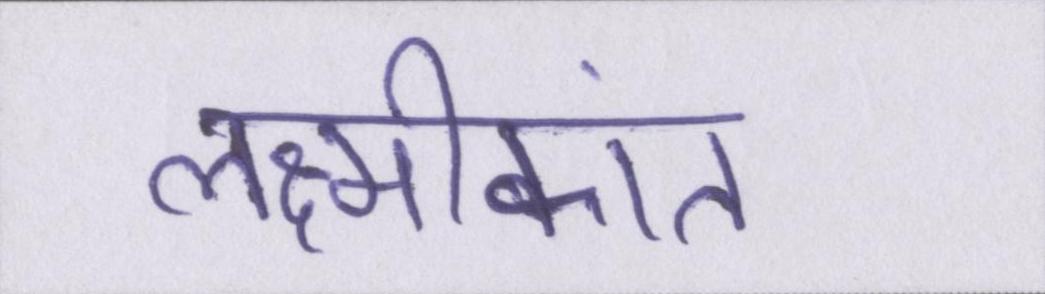
लक्ष्मीकांत